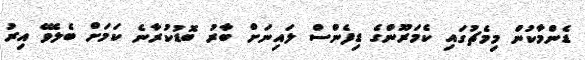
ޑެންމާކުން މިމެޗުގައި ކެމަރޫންގެ ޑިފެންސް ލައިނަށް ބާރު ބޮޑުކުރާނެ ކަމަށް ބެލެވޭ އިރު